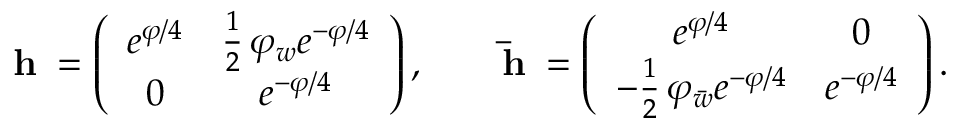
{ \bf h _ { \varphi } } = \left( \begin{array} { c c } { { e ^ { \varphi / 4 } } } & { { { \frac { 1 } { 2 } } \, \varphi _ { w } e ^ { - \varphi / 4 } } } \\ { { 0 } } & { { e ^ { - \varphi / 4 } } } \end{array} \right) , \qquad { \bf \bar { h } _ { \varphi } } = \left( \begin{array} { c c } { { e ^ { \varphi / 4 } } } & { { 0 } } \\ { { - { \frac { 1 } { 2 } } \, \varphi _ { \bar { w } } e ^ { - \varphi / 4 } } } & { { e ^ { - \varphi / 4 } } } \end{array} \right) .